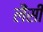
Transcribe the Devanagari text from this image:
लैंसी